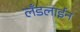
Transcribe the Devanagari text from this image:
लँडलाईन